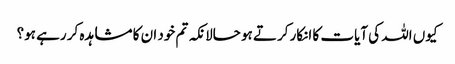
کیوں اللہ کی آیات کا انکار کرتے ہو حالانکہ تم خود ان کا مشاہدہ کر رہے ہو؟